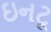
ઇનટૂ